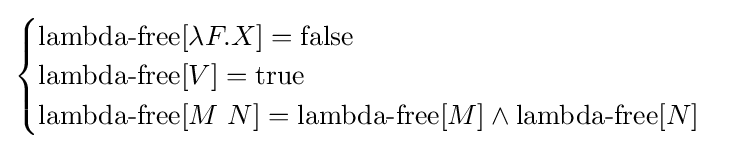
{\begin{cases}\operatorname {lambda-free} [\lambda F.X]=\operatorname {false} \\\operatorname {lambda-free} [V]=\operatorname {true} \\\operatorname {lambda-free} [M\ N]=\operatorname {lambda-free} [M]\land \operatorname {lambda-free} [N]\end{cases}}